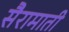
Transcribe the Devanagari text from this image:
सैरामाती